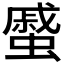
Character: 𧐶